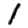
Digit: 1